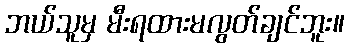
ဘယ်သူမှ မီးရထားမလွတ်ချင်ဘူး။